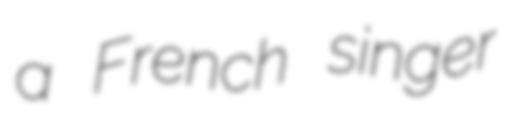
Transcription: a French singer